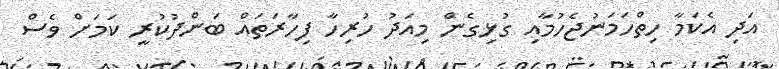
އަދި އެކަމާ ހިތްހަމަނުޖެހުމާއި ގުޅިގެން މިއަދު ހުރިހާ ފިހާރަތައް ބަންދުކުރީ ކަމަށް ވެސް